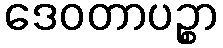
ဒေဝတာပဉ္စာ